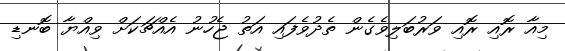
މިއާ ރޮއި ރޮއި ވަރުބަލިވެގެން ތެދުވެފައި އަތު ޖެހުނު އެއްޗަކަށް ވިއްޔާ ބޮނޑި